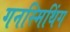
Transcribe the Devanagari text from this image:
गनस्मिथिंग